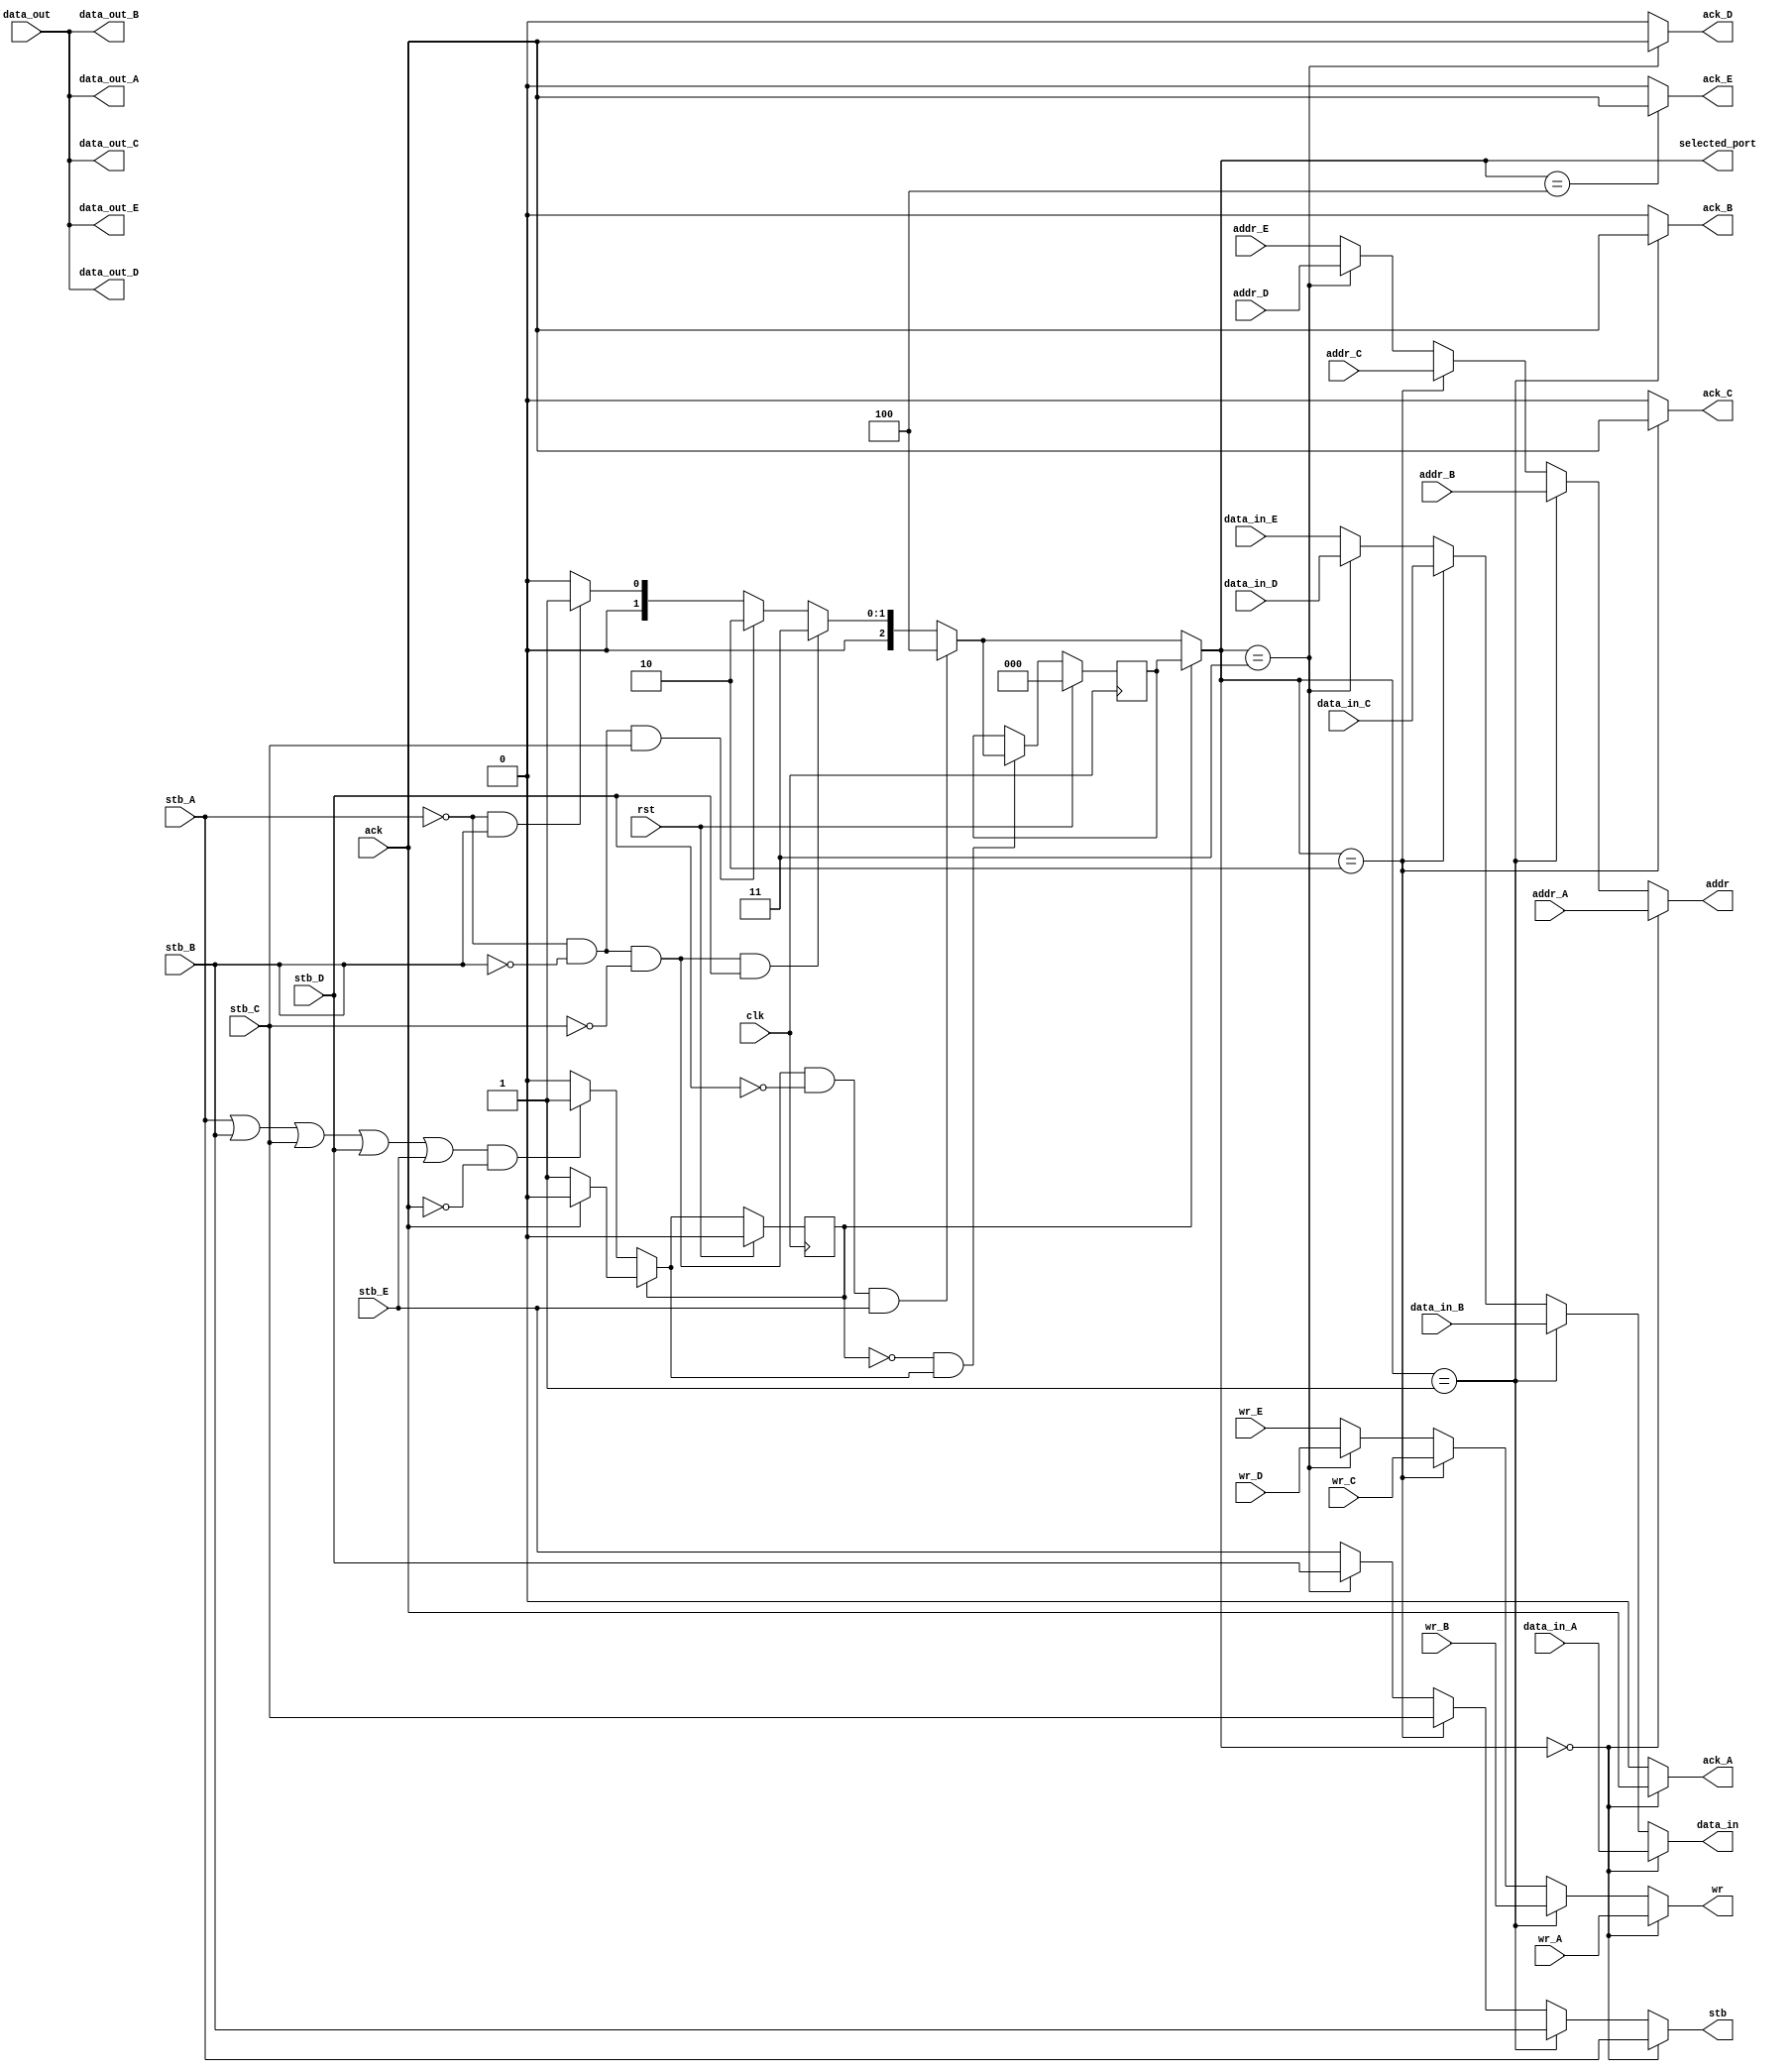
module oc8051_memarbiter8(
    clk, 
    rst, 
    selected_port,
    // port A.
    stb_A,
    wr_A, 
    ack_A,
    addr_A, 
    data_in_A, 
    data_out_A,
    // port B.
    stb_B,
    wr_B, 
    ack_B,
    addr_B, 
    data_in_B, 
    data_out_B,
    // port C.
    stb_C,
    wr_C,
    ack_C,
    addr_C,
    data_in_C,
    data_out_C,
    // port D.
    stb_D,
    wr_D,
    ack_D,
    addr_D,
    data_in_D,
    data_out_D,
    // port E.
    stb_E,
    wr_E,
    ack_E,
    addr_E,
    data_in_E,
    data_out_E,
    // memory (XRAM) port.
    stb,
    wr,
    ack,
    addr,
    data_in,
    data_out
);
input            clk;
input            rst;

// port A.
input            stb_A;
output           ack_A;
input            wr_A;
input [15:0]     addr_A;
input [7:0]      data_in_A;
output [7:0]     data_out_A;

// port B.
input            stb_B;
output           ack_B;
input            wr_B;
input [15:0]     addr_B;
input [7:0]      data_in_B;
output [7:0]     data_out_B;

// port C.
input            stb_C;
output           ack_C;
input            wr_C;
input [15:0]     addr_C;
input [7:0]      data_in_C;
output [7:0]     data_out_C;

// port D.
input            stb_D;
output           ack_D;
input            wr_D;
input [15:0]     addr_D;
input [7:0]      data_in_D;
output [7:0]     data_out_D;

// port E.
input            stb_E;
output           ack_E;
input            wr_E;
input [15:0]     addr_E;
input [7:0]      data_in_E;
output [7:0]     data_out_E;

// XRAM (memory) port.
output           stb;
output           wr;
input            ack;
output [15:0]    addr;
output [7:0]     data_in;
input [7:0]      data_out;

localparam PORT_A = 3'd0;
localparam PORT_B = 3'd1;
localparam PORT_C = 3'd2;
localparam PORT_D = 3'd3;
localparam PORT_E = 3'd4;

output wire [2:0] selected_port;

// Is the arbiter already held, or is it going to make a new choice?
reg arbiter_state;      
reg [2:0] arbit_holder;

// arbitration muxes.
wire stb        = selected_port == PORT_A ? stb_A     : 
                  selected_port == PORT_B ? stb_B     :
                  selected_port == PORT_C ? stb_C     : 
                  selected_port == PORT_D ? stb_D     : stb_E;

wire wr         = selected_port == PORT_A ? wr_A      : 
                  selected_port == PORT_B ? wr_B      :
                  selected_port == PORT_C ? wr_C      :
                  selected_port == PORT_D ? wr_D      : wr_E;

wire [15:0] addr = selected_port == PORT_A ? addr_A    :
                   selected_port == PORT_B ? addr_B    :
                   selected_port == PORT_C ? addr_C    : 
                   selected_port == PORT_D ? addr_D    : addr_E;

wire [7:0] data_in = selected_port == PORT_A ? data_in_A : 
                     selected_port == PORT_B ? data_in_B :
                     selected_port == PORT_C ? data_in_C : 
                     selected_port == PORT_D ? data_in_D : data_in_E;

wire ack_A      = selected_port == PORT_A ? ack : 1'b0;
wire ack_B      = selected_port == PORT_B ? ack : 1'b0;
wire ack_C      = selected_port == PORT_C ? ack : 1'b0;
wire ack_D      = selected_port == PORT_D ? ack : 1'b0;
wire ack_E      = selected_port == PORT_E ? ack : 1'b0;

wire [7:0] data_out_A = data_out;
wire [7:0] data_out_B = data_out;
wire [7:0] data_out_C = data_out;
wire [7:0] data_out_D = data_out;
wire [7:0] data_out_E = data_out;

// selection logic.
localparam STATE_INUSE = 1'd1;
localparam STATE_IDLE  = 1'd0;

// The next state of the arbiter.
// If currently in use, and we got an ack, then transition to idle.
wire arbiter_state_inuse_next = ack ? STATE_IDLE : STATE_INUSE;

// If current idle and someone made a request, transition to inuse.
wire arbiter_state_idle_next  = 
        ((stb_A || stb_B || stb_C || stb_D || stb_E) && !ack) ? STATE_INUSE : STATE_IDLE;
// Next state of the arbiter.
wire arbiter_state_next = 
        (arbiter_state == STATE_IDLE)  ? arbiter_state_idle_next  :
        (arbiter_state == STATE_INUSE) ? arbiter_state_inuse_next : 1'bX;

// Do we select a new winner for the arbitration? Answer is yes if we are
// currently idle and won't be idle in the next cycle.
wire arbit_select_winner = (arbiter_state == STATE_IDLE) && (arbiter_state_next == STATE_INUSE);

// Who is the new winner? D has the lowest priority, then C then B then A.
wire [2:0] arbit_winner = (!stb_A && !stb_B && !stb_C && !stb_D && stb_E) ? PORT_E :
                          (!stb_A && !stb_B && !stb_C && stb_D)           ? PORT_D :
                          (!stb_A && !stb_B && stb_C)                     ? PORT_C :
                          (!stb_A && stb_B)                               ? PORT_B : PORT_A;
                    
// Who is the current holder of the arbitration?      
wire [2:0] arbit_holder_next = arbit_select_winner ? arbit_winner : arbit_holder;

// The selected port is the current cycle winner if we are idle
// and the current holder if we are in use.
assign selected_port = (arbiter_state == STATE_IDLE) ? arbit_winner : arbit_holder;

always @(posedge clk)
begin
    if (rst) begin
        arbiter_state       <= STATE_IDLE;
        arbit_holder        <= PORT_A;
    end
    else begin
        arbiter_state       <= arbiter_state_next;
        arbit_holder        <= arbit_holder_next;
    end
end
endmodule